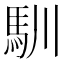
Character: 馴